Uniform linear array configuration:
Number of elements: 12
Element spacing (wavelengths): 1
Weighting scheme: exponential
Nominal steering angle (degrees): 60
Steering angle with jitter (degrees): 61.609
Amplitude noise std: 0.05
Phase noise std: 0.05

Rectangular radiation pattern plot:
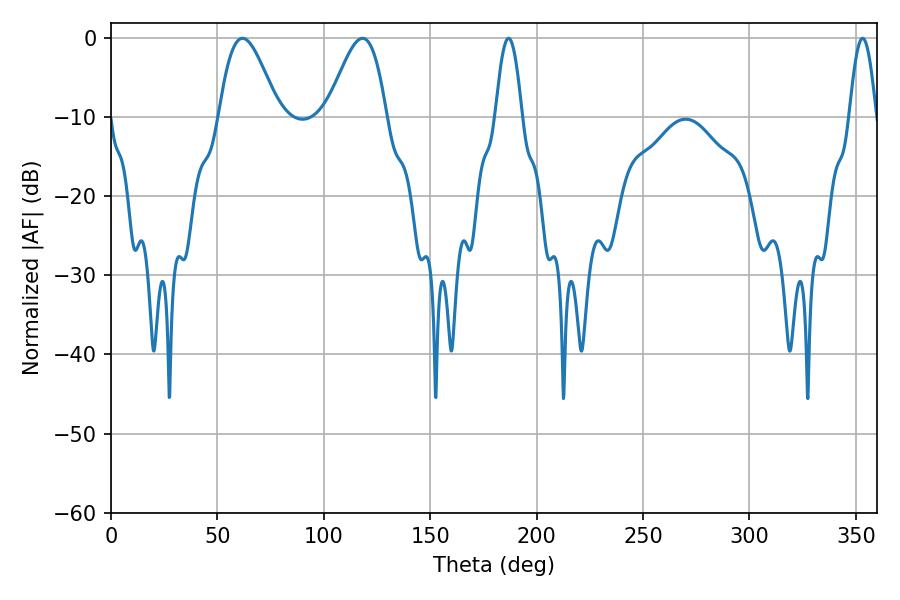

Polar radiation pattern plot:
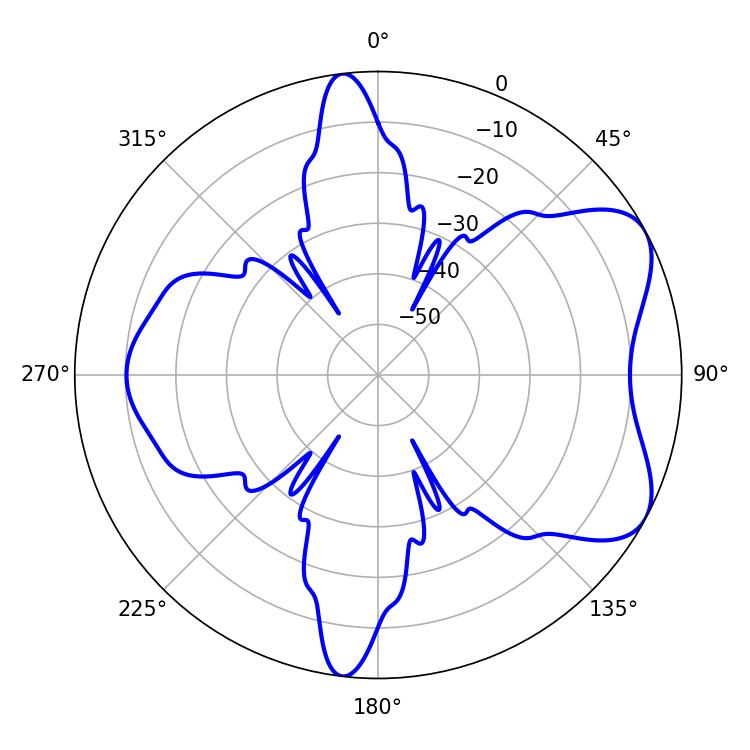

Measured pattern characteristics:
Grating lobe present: TRUE
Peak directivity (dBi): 6.335
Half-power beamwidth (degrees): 6.84
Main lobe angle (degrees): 186.84